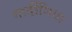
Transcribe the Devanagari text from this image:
गार्डीनिया